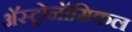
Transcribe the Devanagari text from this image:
अॅस्ट्रोनॉमिकल